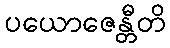
ပယောဇေန္တီတိ